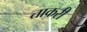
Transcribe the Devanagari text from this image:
ताकरी